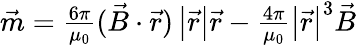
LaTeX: \begin{array}{r}{\vec{m}=\frac{6\pi}{\mu_{0}}(\vec{B}\cdot\vec{r})\left|\vec{r}\right|\vec{r}-\frac{4\pi}{\mu_{0}}\left|\vec{r}\right|^{3}\vec{B}}\end{array}